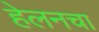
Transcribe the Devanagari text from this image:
हेलनचा